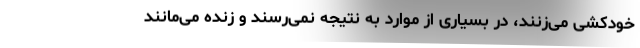
خودکشی می‌زنند، در بسیاری از موارد به نتیجه نمی‌رسند و زنده می‌مانند